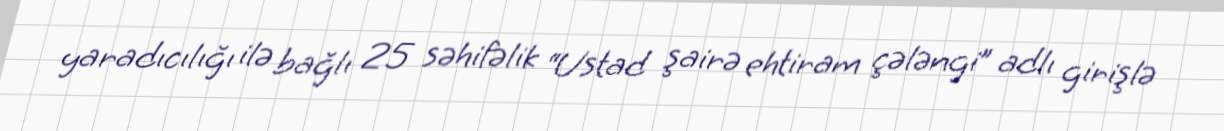
yaradıcılığı ilə bağlı 25 səhifəlik “Ustad şairə ehtiram çələngi” adlı girişlə